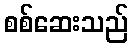
စစ်ဆေးသည်